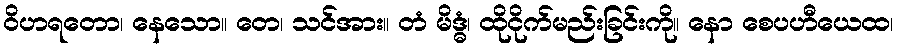
ဝိဟရတော၊ နေသော။ တေ၊ သင်အား။ တံ မိဒ္ဓံ၊ ထိုငိုက်မည်းခြင်းကို။ နော စေပဟီယေထ၊